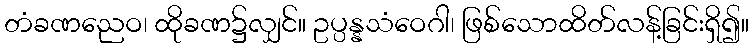
တံခဏညေဝ၊ ထိုခဏ၌လျှင်။ ဥပ္ပန္နသံဝေဂါ၊ ဖြစ်သောထိတ်လန့်ခြင်းရှိ၍။